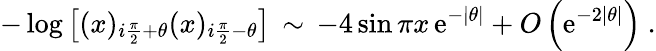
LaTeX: -\log\left[(x)_{i\frac{\pi}{2}+\theta}(x)_{i\frac{\pi}{2}-\theta}\right]\, \sim\, -4\sin\pi x\, \mathrm{e}^{-\left|\theta\right|}+O\left(\mathrm{e}^{-2\left|\theta\right|}\right)\ .